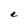
Character: e